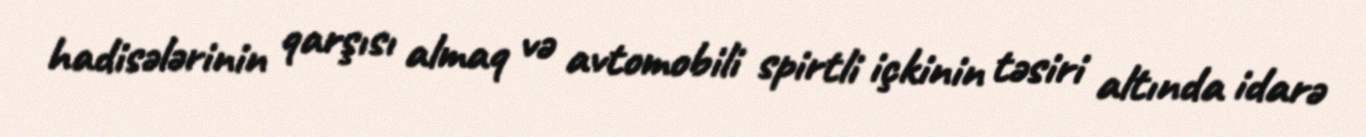
hadisələrinin qarşısı almaq və avtomobili spirtli içkinin təsiri altında idarə